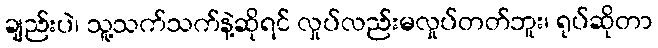
ချည်းပဲ၊ သူ့သက်သက်နဲ့ဆိုရင် လှုပ်လည်းမလှုပ်တတ်ဘူး၊ ရုပ်ဆိုတာ